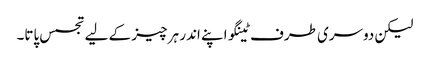
لیکن دوسری طرف ٹینگو اپنے اندر ہر چیز کے لیے تجسس پاتا۔